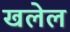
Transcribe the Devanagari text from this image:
खलेल